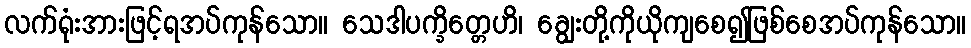
လက်ရုံးအားဖြင့်ရအပ်ကုန်သော။ သေဒါပက္ခိတ္တေဟိ၊ ချွေးတို့ကိုယိုကျစေ၍ဖြစ်စေအပ်ကုန်သော။